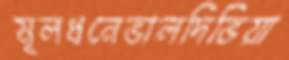
মূলধনেভালদিভিয়া